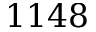
1 1 4 8